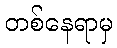
တစ်နေရာမှ